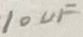
Text: 10uF